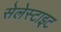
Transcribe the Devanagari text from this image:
सेलेस्टाइट